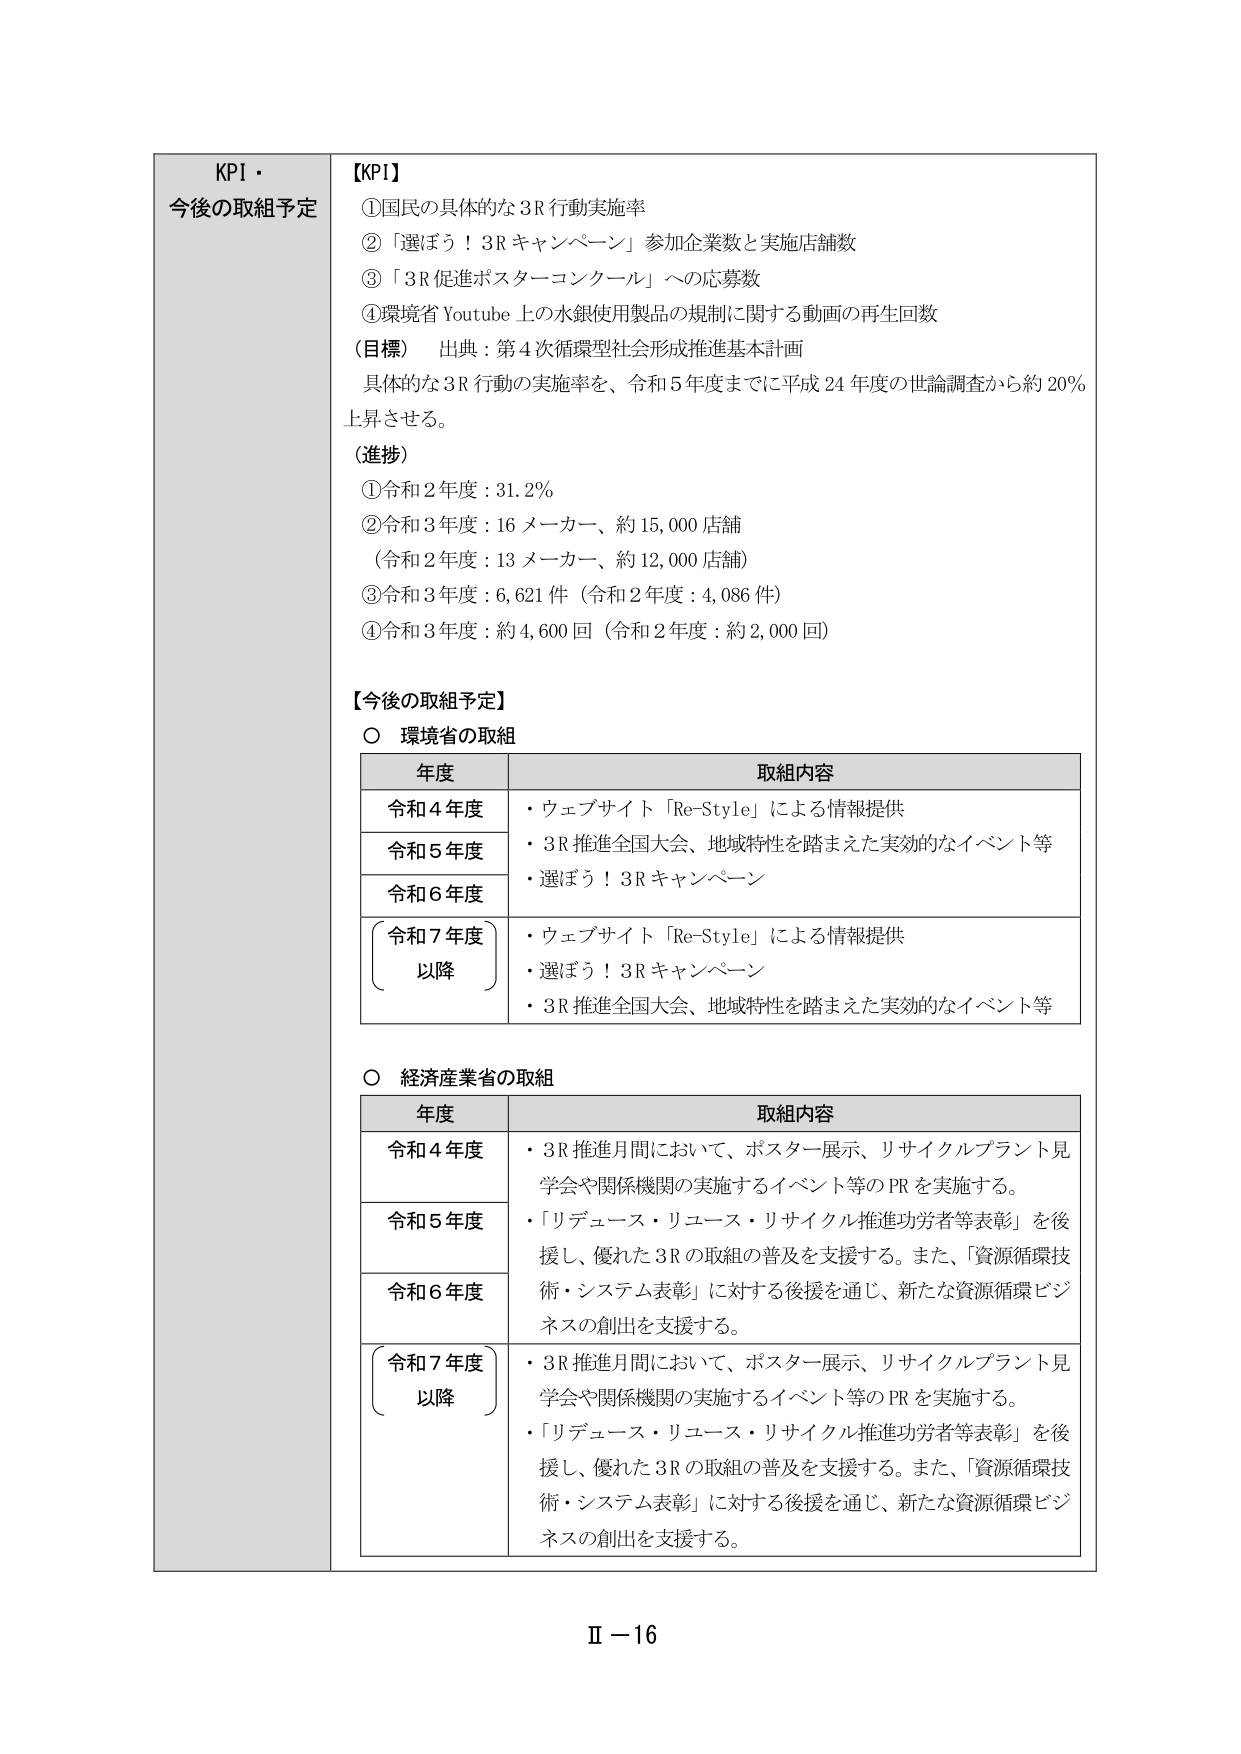
KPI・
今後の取組予定

【KPI】
①国民の具体的な3R行動実施率
②「選ぼう！3Rキャンペーン」参加企業数と実施店舗数
③「3R促進ポスターコンクール」への応募数
④環境省Youtube上の水銀使用製品の規制に関する動画の再生回数
（目標）　出典：第4次循環型社会形成推進基本計画
具体的な3R行動の実施率を、令和5年度までに平成24年度の世論調査から約20％
上昇させる。
（進捗）
①令和2年度：31.2％
②令和3年度：16メーカー、約15,000店舗
（令和2年度：13メーカー、約12,000店舗）
③令和3年度：6,621件（令和2年度：4,086件）
④令和3年度：約4,600回（令和2年度：約2,000回）

【今後の取組予定】
○ 環境省の取組
年度　　　　　　　　　取組内容
令和4年度　　　　　・ウェブサイト「Re-Style」による情報提供
令和5年度　　　　　・3R推進全国大会、地域特性を踏まえた実効的なイベント等
令和6年度　　　　　・選ぼう！3Rキャンペーン
（令和7年度）　　　・ウェブサイト「Re-Style」による情報提供
以降　　　　　　　　・選ぼう！3Rキャンペーン
　　　　　　　　　　・3R推進全国大会、地域特性を踏まえた実効的なイベント等

○ 経済産業省の取組
年度　　　　　　　　　取組内容
令和4年度　　　　　・3R推進月間において、ポスター展示、リサイクルプラント見学会や関係機関の実施するイベント等のPRを実施する。
令和5年度　　　　　・「リデュース・リユース・リサイクル推進功労者等表彰」を後援し、優れた3Rの取組の普及を支援する。また、「資源循環技術・システム表彰」に対する後援を通じ、新たな資源循環ビジネスの創出を支援する。
令和6年度　　　　　・3R推進月間において、ポスター展示、リサイクルプラント見学会や関係機関の実施するイベント等のPRを実施する。
（令和7年度）　　　・「リデュース・リユース・リサイクル推進功労者等表彰」を後援し、優れた3Rの取組の普及を支援する。また、「資源循環技術・システム表彰」に対する後援を通じ、新たな資源循環ビジネスの創出を支援する。
以降

Ⅱ－16